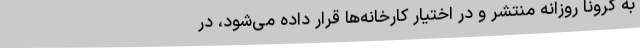
به کرونا روزانه منتشر و در اختیار کارخانه‌ها قرار داده می‌شود، در